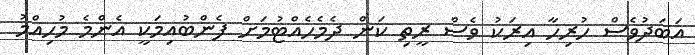
އަބަދުވެސް ހުރިހާ އިރަކު ވެސް ރީތި ކަން ދެމެހެއްޓުމަށް ފެންބުއިމަކީ އެންމެ މުހިއްމު